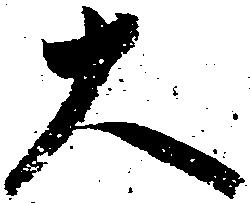
大